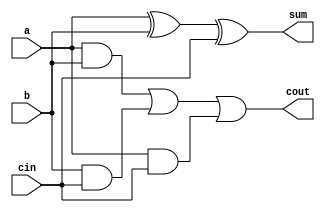
module full_adder_df(a,b,cin,sum,cout);
input a,b,cin;
output wire sum,cout;
assign sum = a^b^cin;
assign cout = (a&b) | (b&cin) | (a&cin);
endmodule